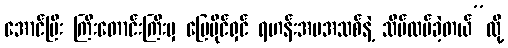
အောင်ပြီး ကြီးတောင်းကြီးမှ မြေပိုင်ရှင် ရဟန်းအမအသစ်နဲ့ သိမ်ထပ်ခဲ့တယ်”လို့